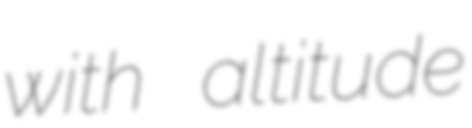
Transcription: with altitude